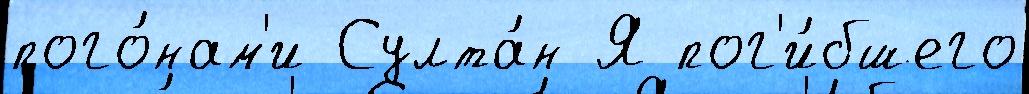
пого́нам'и Султа́н Я пог'и́бшего